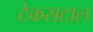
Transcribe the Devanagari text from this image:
टेकसटाल